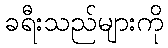
ခရီးသည်များကို